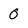
Character: 0